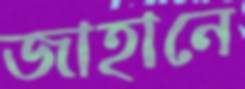
জাহানে